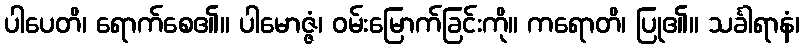
ပါပေတိ၊ ရောက်စေ၏။ ပါမောဇ္ဇံ၊ ဝမ်းမြောက်ခြင်းကို။ ကရောတိ၊ ပြု၏။ သင်္ခါရာနံ၊